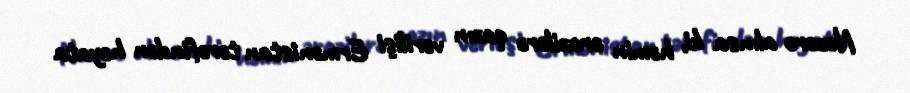
Nəzərə alınsa ki, həmin ərazilərə qazın verilişi Ermənistan tərəfindən həyata